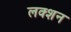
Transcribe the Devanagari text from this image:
लक्शन